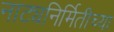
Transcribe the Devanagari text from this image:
नाट्यनिर्मितीच्या